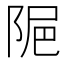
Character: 𨹣